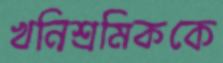
খনিশ্রমিককে